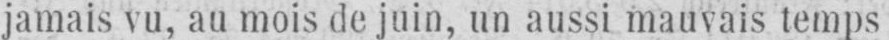
jamais vu, au mois de juin, un aussi mauvais temps